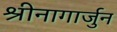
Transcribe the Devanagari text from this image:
श्रीनागार्जुन